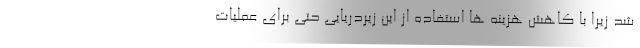
شد زیرا با کاهش هزینه ها استفاده از این زیردریایی حتی برای عملیات